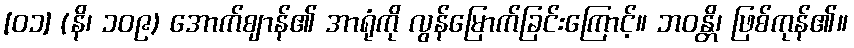
[၀၁] (နိ၊ ၁၀၉) အောက်ဈာန်၏ အာရုံကို လွန်မြောက်ခြင်းကြောင့်။ ဘဝန္တိ၊ ဖြစ်ကုန်၏။